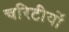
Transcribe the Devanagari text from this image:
चरिटीयों